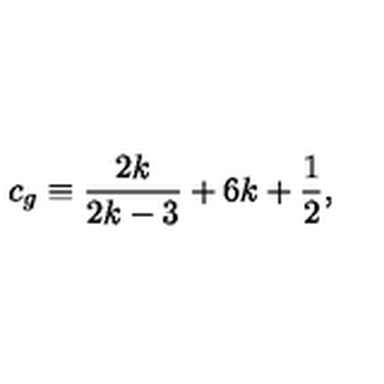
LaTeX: c _ { g } \equiv \frac { 2 k } { 2 k - 3 } + 6 k + \frac { 1 } { 2 } ,